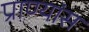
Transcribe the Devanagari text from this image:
प्राण्यांस